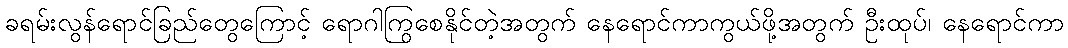
ခရမ်းလွန်ရောင်ခြည်တွေကြောင့် ရောဂါကြွစေနိုင်တဲ့အတွက် နေရောင်ကာကွယ်ဖို့အတွက် ဦးထုပ်၊ နေရောင်ကာ